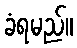
ခံရမည်။